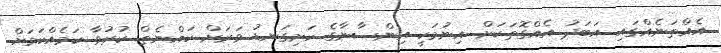
އެއްތަނެއްގައި އަބަދު އެއްގޮތަކަށް އިނުމަކީ އިންސާނާގެ ހަށިގަނޑު ވަރަށް ކައްނެތް ކުރުވާ ކަމެއްކަމަށް